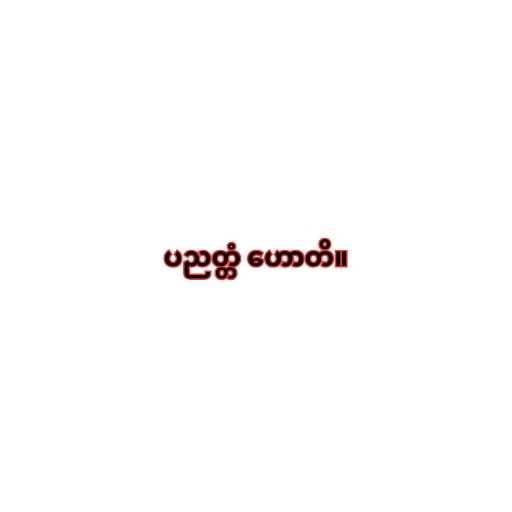
ပညတ္တံ ဟောတိ။